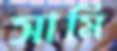
সামি